Vital statistics of India. Vol. V, Reports of 1876 on armies & jails and on epidemic cholera
Year: 1876
Disease focus: Cholera
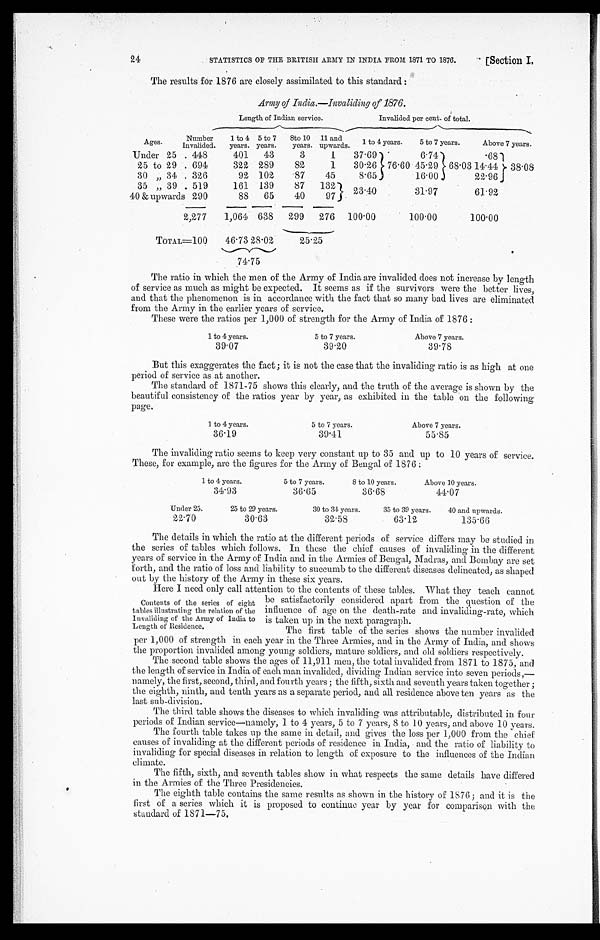
24
STATISTICS OF THE BRITISH ARMY IN INDIA FROM 1871 TO 1876.
[Section I.
The results for 1876 are closely assimilated to this standard :
Army of India.—Invaliding of 1876.
Length of Indian service.
Invalided per cent of total.
Ages.
Number
Invalided.
1 to 4
years.
5 to 7
years.
8to 10
years.
11 and
upwards.
1 to 4 years.
5 to 7 years.
Above 7 years.
Under 25 . . .
448
401
43
3
1
37.69
6.74
.68
25 to 29 . . .
694
322 289
82
1
30.26 76.60 45.29 68.03 14.44
38.08
30 " 34 . . .
326
92 102
87
45
8.65
16.00
22.96
35 " 39 . . .
519
161 139
87
132
23.40
31.97
61.92
40 & upwards 290
88
65
40
97
2,277
1,064 638
299
276
100.00
100.00
100.00
TOTAL=100
46.73 28.02
25.25
74.75
The ratio in which the men of the Army of India are invalided does not increase by length
of service as much as might be expected. It seems as if the survivors were the better lives,
and that the phenomenon is in accordance with the fact that so many bad lives are eliminated
from the Army in the earlier years of service.
These were the ratios per 1,000 of strength for the Army of India of 1876 :
1 to 4 years.
5 to 7 years.
Above 7 years.
39.07
39.20
39.78
But this exaggerates the fact ; it is not the case that the invaliding ratio is as high at one
period of service as at another.
The standard of 1871-75 shows this clearly, and the truth of the average is shown by the
beautiful consistency of the ratios year by year, as exhibited in the table on the following
page.
1 to 4 years.
5 to 7 years.
Above 7 years.
36.19
39.41
55.85
The invaliding ratio seems to keep very constant up to 35 and up to 10 years of service.
These, for example, are the figures for the Army of Bengal of 1876 :
1 to 4 years.
5 to 7 years.
8 to 10 years.
Above 10 years.
34.93
36.65
36.68
44.07
Under 25.
25 to 29 years.
30 to 34 years.
35 to 39 years.
40 and upwards.
22.70
30.63
32.58
63.12
135.66
The details in which the ratio at the different periods of service differs may be studied in
the series of tables which follows. In these the chief causes of invaliding in the different,
years of service in the Army of India and in the Armies of Bengal, Madras, and Bombay are set
forth, and the ratio of loss and liability to succumb to the different diseases delineated, as shaped
o u t b y t h e h i s t o r y o f t h e A r m y i n t h e s e s i x y e a r s .
Here I need only call attention to the contents of these tables. What they teach cannot
be satisfactorily considered apart from the question of the
influence of age on the death-rate and invaliding-rate, which
is taken up in the next paragraph.
The first table of the series shows the number invalided
per 1,000 of strength in each year in the Three Armies, and in the Army of India, and shows
the proportion invalided among young soldiers, mature soldiers, and old soldiers respectively.
The second table shows the ages of 11,911 men, the total invalided from 1871 to 1875, and
the length of service in India of each man invalided, dividing Indian service into seven periods,—
namely, the first, second, third, and. fourth years ; the fifth, sixth and seventh years taken together ;
the eighth, ninth, and tenth years as a separate period, and all residence above ten years as the
last sub-division.
The third table shows the diseases to which invaliding was attributable, distributed in four
periods of Indian service—namely, 1 to 4 years, 5 to 7 years, 8 to 10 years, and above 10 years.
The fourth table takes up the same in detail, and gives the loss per 1,000 from the chief
causes of invaliding at the different periods of residence in India, and the ratio of liability to
invaliding for special diseases in relation to length of exposure to the influences of the Indian
climate.
The fifth, sixth, and seventh tables show in what respects the same details have differed
in the Armies of the Three Presidencies.
The eighth table contains the same results as shown in the history of 1876; and it is the
first of a series which it is proposed to continue year by year for comparison with the
standard of 1871—75.
Contents of the series of eight
tables illustrating the relation of the
Invaliding of the Army of India to
Length of Residence.